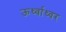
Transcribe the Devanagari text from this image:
ऊर्ध्वाध्वर